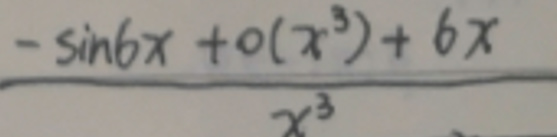
\(\frac{-\sin 6x + o(x^{3}) + 6x}{x^{3}}\)